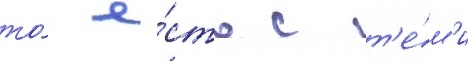
то́ е́сть с т'е́м'и